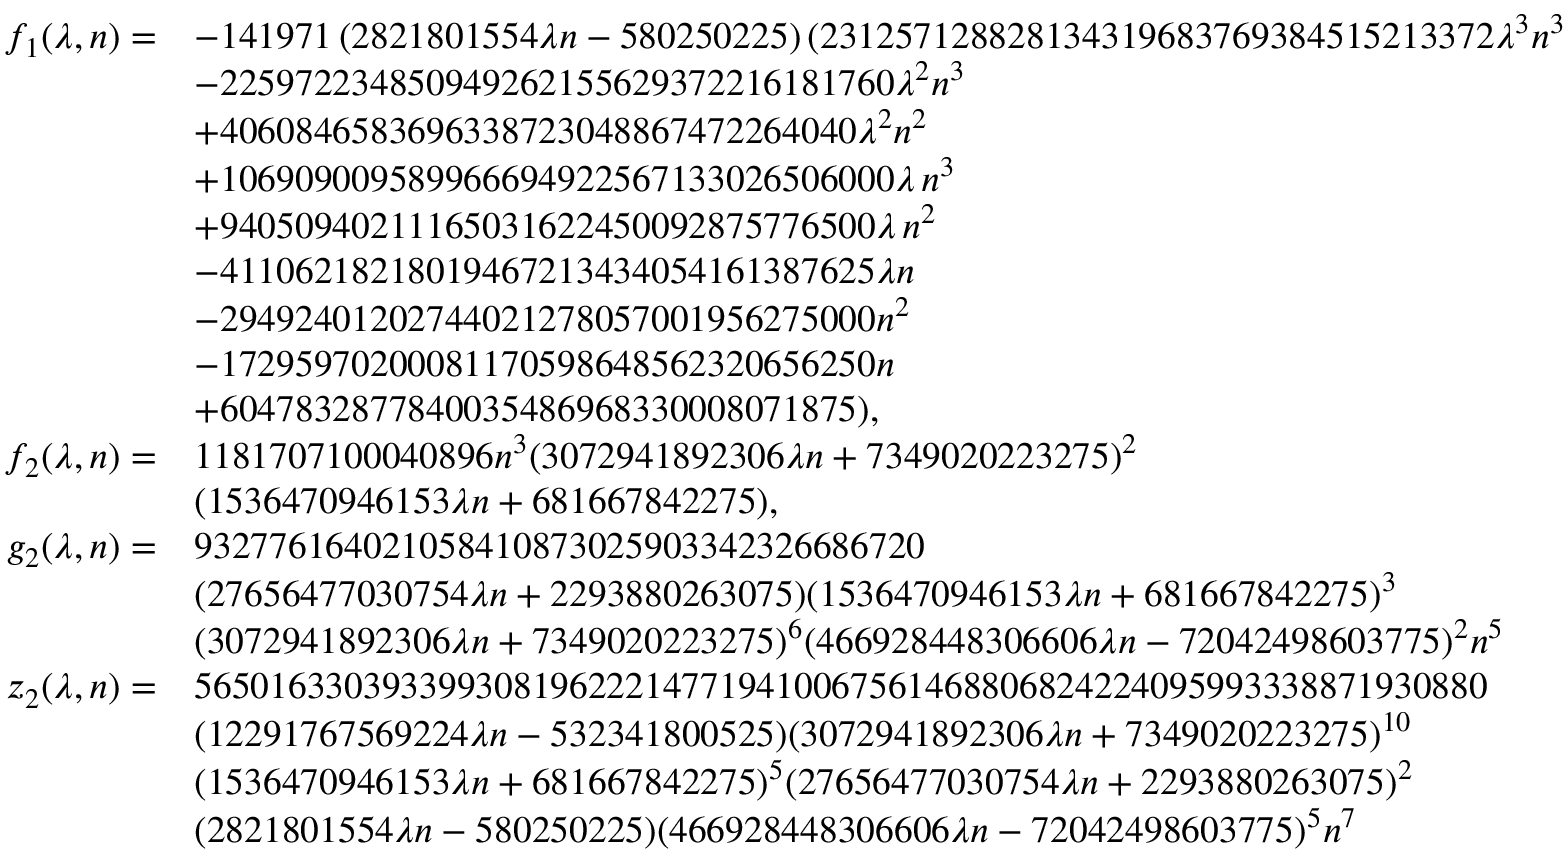
\begin{array} { r l } { f _ { 1 } ( \lambda , n ) = } & { - 1 4 1 9 7 1 \left( 2 8 2 1 8 0 1 5 5 4 \lambda n - 5 8 0 2 5 0 2 2 5 \right) ( 2 3 1 2 5 7 1 2 8 8 2 8 1 3 4 3 1 9 6 8 3 7 6 9 3 8 4 5 1 5 2 1 3 3 7 2 \lambda ^ { 3 } n ^ { 3 } } \\ & { - 2 2 5 9 7 2 2 3 4 8 5 0 9 4 9 2 6 2 1 5 5 6 2 9 3 7 2 2 1 6 1 8 1 7 6 0 \lambda ^ { 2 } n ^ { 3 } } \\ & { + 4 0 6 0 8 4 6 5 8 3 6 9 6 3 3 8 7 2 3 0 4 8 8 6 7 4 7 2 2 6 4 0 4 0 \lambda ^ { 2 } n ^ { 2 } } \\ & { + 1 0 6 9 0 9 0 0 9 5 8 9 9 6 6 6 9 4 9 2 2 5 6 7 1 3 3 0 2 6 5 0 6 0 0 0 \lambda \, n ^ { 3 } } \\ & { + 9 4 0 5 0 9 4 0 2 1 1 1 6 5 0 3 1 6 2 2 4 5 0 0 9 2 8 7 5 7 7 6 5 0 0 \lambda \, n ^ { 2 } } \\ & { - 4 1 1 0 6 2 1 8 2 1 8 0 1 9 4 6 7 2 1 3 4 3 4 0 5 4 1 6 1 3 8 7 6 2 5 \lambda n } \\ & { - 2 9 4 9 2 4 0 1 2 0 2 7 4 4 0 2 1 2 7 8 0 5 7 0 0 1 9 5 6 2 7 5 0 0 0 n ^ { 2 } } \\ & { - 1 7 2 9 5 9 7 0 2 0 0 0 8 1 1 7 0 5 9 8 6 4 8 5 6 2 3 2 0 6 5 6 2 5 0 n } \\ & { + 6 0 4 7 8 3 2 8 7 7 8 4 0 0 3 5 4 8 6 9 6 8 3 3 0 0 0 8 0 7 1 8 7 5 ) , } \\ { f _ { 2 } ( \lambda , n ) = } & { 1 1 8 1 7 0 7 1 0 0 0 4 0 8 9 6 n ^ { 3 } ( 3 0 7 2 9 4 1 8 9 2 3 0 6 \lambda n + 7 3 4 9 0 2 0 2 2 3 2 7 5 ) ^ { 2 } } \\ & { ( 1 5 3 6 4 7 0 9 4 6 1 5 3 \lambda n + 6 8 1 6 6 7 8 4 2 2 7 5 ) , } \\ { g _ { 2 } ( \lambda , n ) = } & { 9 3 2 7 7 6 1 6 4 0 2 1 0 5 8 4 1 0 8 7 3 0 2 5 9 0 3 3 4 2 3 2 6 6 8 6 7 2 0 } \\ & { ( 2 7 6 5 6 4 7 7 0 3 0 7 5 4 \lambda n + 2 2 9 3 8 8 0 2 6 3 0 7 5 ) ( 1 5 3 6 4 7 0 9 4 6 1 5 3 \lambda n + 6 8 1 6 6 7 8 4 2 2 7 5 ) ^ { 3 } } \\ & { ( 3 0 7 2 9 4 1 8 9 2 3 0 6 \lambda n + 7 3 4 9 0 2 0 2 2 3 2 7 5 ) ^ { 6 } ( 4 6 6 9 2 8 4 4 8 3 0 6 6 0 6 \lambda n - 7 2 0 4 2 4 9 8 6 0 3 7 7 5 ) ^ { 2 } n ^ { 5 } } \\ { z _ { 2 } ( \lambda , n ) = } & { 5 6 5 0 1 6 3 3 0 3 9 3 3 9 9 3 0 8 1 9 6 2 2 2 1 4 7 7 1 9 4 1 0 0 6 7 5 6 1 4 6 8 8 0 6 8 2 4 2 2 4 0 9 5 9 9 3 3 3 8 8 7 1 9 3 0 8 8 0 } \\ & { ( 1 2 2 9 1 7 6 7 5 6 9 2 2 4 \lambda n - 5 3 2 3 4 1 8 0 0 5 2 5 ) ( 3 0 7 2 9 4 1 8 9 2 3 0 6 \lambda n + 7 3 4 9 0 2 0 2 2 3 2 7 5 ) ^ { 1 0 } } \\ & { ( 1 5 3 6 4 7 0 9 4 6 1 5 3 \lambda n + 6 8 1 6 6 7 8 4 2 2 7 5 ) ^ { 5 } ( 2 7 6 5 6 4 7 7 0 3 0 7 5 4 \lambda n + 2 2 9 3 8 8 0 2 6 3 0 7 5 ) ^ { 2 } } \\ & { ( 2 8 2 1 8 0 1 5 5 4 \lambda n - 5 8 0 2 5 0 2 2 5 ) ( 4 6 6 9 2 8 4 4 8 3 0 6 6 0 6 \lambda n - 7 2 0 4 2 4 9 8 6 0 3 7 7 5 ) ^ { 5 } n ^ { 7 } } \end{array}